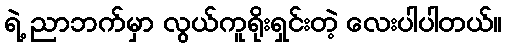
ရဲ့ ညာဘက်မှာ လွယ်ကူရိုးရှင်းတဲ့ လေးပါပါတယ်။